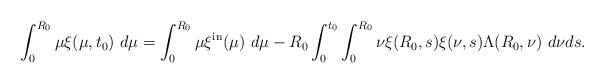
LaTeX: \begin{align*}\int_{0}^{R_{0}}\mu\xi(\mu,t_{0})\ d\mu=\int_{0}^{R_{0}}\mu\xi^{\mathrm{in}}(\mu)\ d\mu-R_{0}\int_{0}^{t_{0}}\int_{0}^{R_{0}}\nu\xi(R_{0},s)\xi(\nu,s)\Lambda(R_{0},\nu)\ d\nu ds.\end{align*}